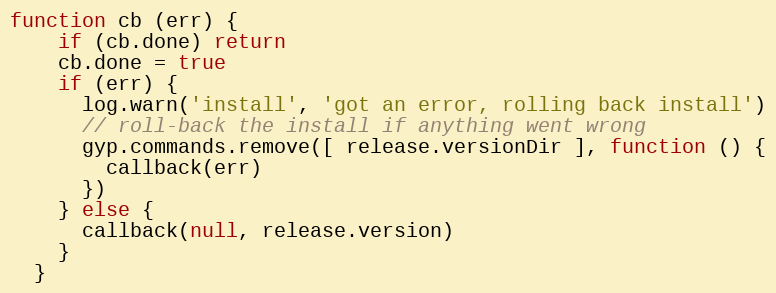
Language: JavaScript
function cb (err) {
    if (cb.done) return
    cb.done = true
    if (err) {
      log.warn('install', 'got an error, rolling back install')
      // roll-back the install if anything went wrong
      gyp.commands.remove([ release.versionDir ], function () {
        callback(err)
      })
    } else {
      callback(null, release.version)
    }
  }